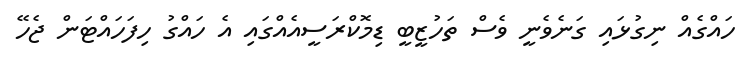
ހައްގެއް ނިގުޅައި ގަނެވެނީ ވެސް ތަހުޒީބީ ޑިމޮކްރަސީއެއްގައި އެ ހައްގު ހިފަހައްޓަން ޖެހޭ